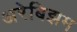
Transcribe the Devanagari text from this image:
अरेबिझम